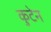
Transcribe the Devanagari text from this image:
कुटेन